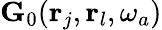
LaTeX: {\mathbf G}_{0}({\mathbf r}_{j},{\mathbf r}_{l},\omega_{a})